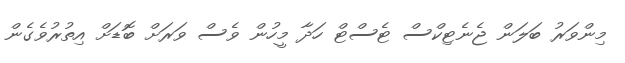
މިންވަރު ބަލަން ޖެނެޓިކްސް ޓެސްޓް ހަދާ މީހުން ވެސް ވަރަށް ބޮޑަށް އިތުރުވެގެން